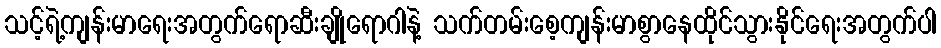
သင့်ရဲ့ကျန်းမာရေးအတွက်ရောဆီးချိုရောဂါနဲ့ သက်တမ်းစေ့ကျန်းမာစွာနေထိုင်သွားနိုင်ရေးအတွက်ပါ